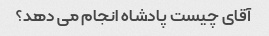
آقای چیست پادشاه انجام می دهد؟